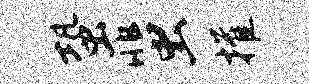
蛩蜚摧